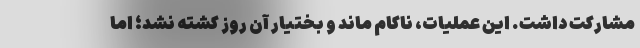
مشارکت داشت. این عملیات، ناکام ماند و بختیار آن روز کشته نشد؛ اما